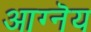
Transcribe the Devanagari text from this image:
आग्नॆय